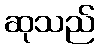
ဆုသည်